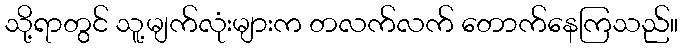
သို့ရာတွင် သူ့မျက်လုံးများက တလက်လက် တောက်နေကြသည်။